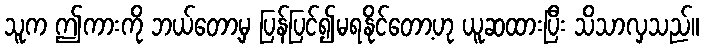
သူက ဤကားကို ဘယ်တော့မှ ပြန်ပြင်၍မရနိုင်တော့ဟု ယူဆထားပြီး သိသာလှသည်။